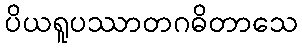
ပိယရူပဿာတဂဓိတာသေ